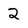
Character: 2